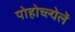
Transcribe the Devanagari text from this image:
पोहोच्ल्येलें